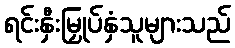
ရင်းနှီးမြှုပ်နှံသူများသည်